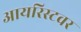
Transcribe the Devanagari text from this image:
आयरिस्टवर